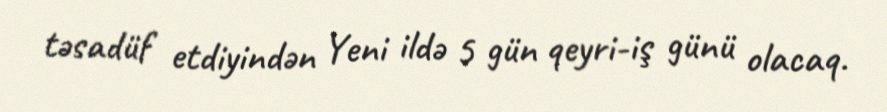
təsadüf etdiyindən Yeni ildə 5 gün qeyri-iş günü olacaq.